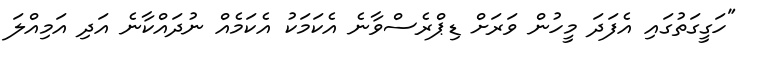
"ހަގީގަތުގައި އެފަދަ މީހުން ވަރަށް ޑިޕްރެސްވާނެ އެކަމަކު އެކަމެއް ނުދައްކާނެ އަދި އަމިއްލަ